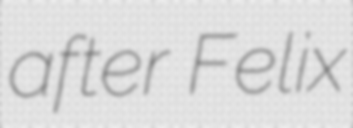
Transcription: after Felix